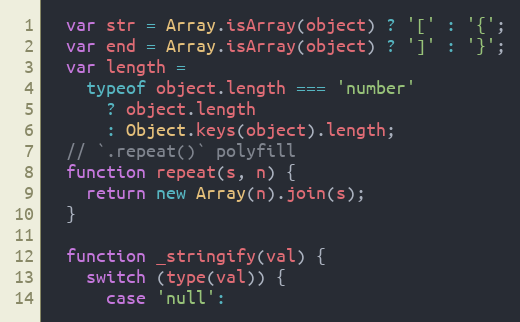
Language: JavaScript
  var str = Array.isArray(object) ? '[' : '{';
  var end = Array.isArray(object) ? ']' : '}';
  var length =
    typeof object.length === 'number'
      ? object.length
      : Object.keys(object).length;
  // `.repeat()` polyfill
  function repeat(s, n) {
    return new Array(n).join(s);
  }

  function _stringify(val) {
    switch (type(val)) {
      case 'null':